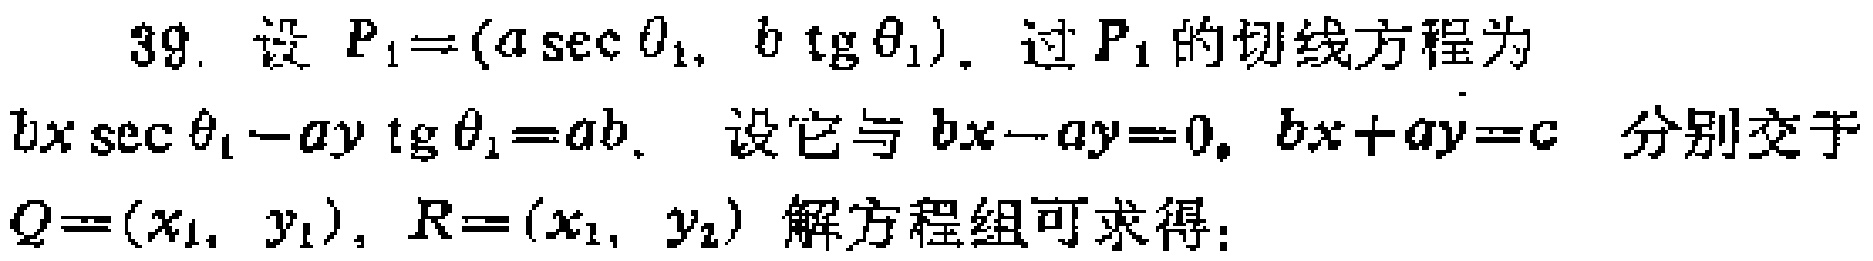
39. 设 \(P_1=(a\sec\theta_1, b\tan\theta_1)\). 过 \(P_1\) 的切线方程为 \(bx\sec\theta_1 - ay\tan\theta_1 = ab\). 设它与 \(bx - ay = 0\), \(bx + ay = c\) 分别交于 \(Q=(x_1, y_1)\), \(R=(x_1, y_2)\) 解方程组可求得：